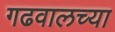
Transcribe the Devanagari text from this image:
गढवालच्या